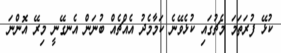
ކުޅޭ ފުރަތަމަ މެޗުގައި ކުޅެވޭނެ ކަމާމެދު އެއްޗެއް ބުނަން އެނގޭނީ މިރޭ އޮންނަ